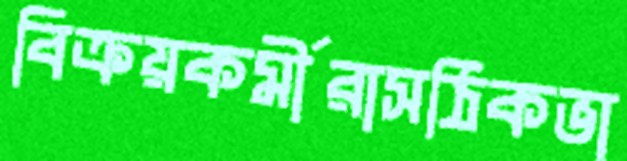
বিক্রয়কর্মীরাসঠিকভা